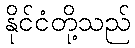
နိုင်ငံတို့သည်